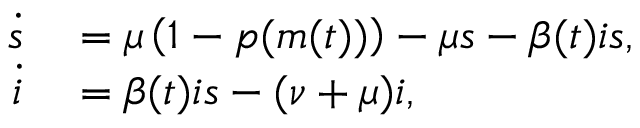
\begin{array} { r l } { \dot { s } } & { { } = \mu \left( 1 - p ( m ( t ) ) \right) - \mu s - \beta ( t ) i s , } \\ { \dot { i } } & { { } = \beta ( t ) i s - ( \nu + \mu ) i , } \end{array}